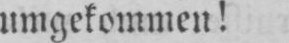
umgekommen!